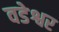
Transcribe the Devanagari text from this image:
वडेश्वर